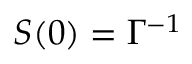
S ( 0 ) = \Gamma ^ { - 1 }